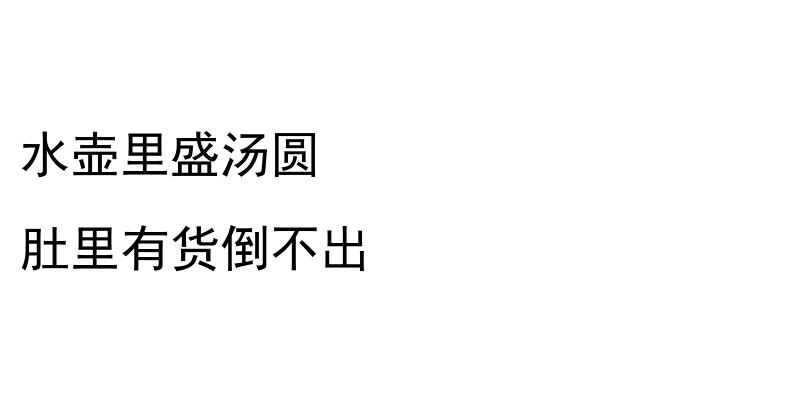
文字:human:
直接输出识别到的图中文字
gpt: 水壶里盛汤圆 肚里有货倒不出